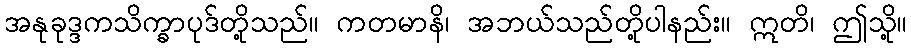
အနုခုဒ္ဒကသိက္ခာပုဒ်တို့သည်။ ကတမာနိ၊ အဘယ်သည်တို့ပါနည်း။ ဣတိ၊ ဤသို့။